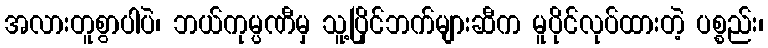
အလားတူစွာပါပဲ၊ ဘယ်ကုမ္ပဏီမှ သူ့ပြိုင်ဘက်များဆီက မူပိုင်လုပ်ထားတဲ့ ပစ္စည်း၊